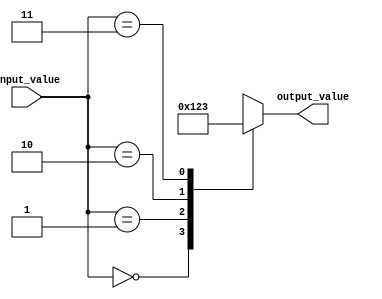
module case_example(
    input wire [1:0] input_value,
    output reg [3:0] output_value
);

initial begin
    case(input_value)
        2'b00: output_value = 4'b0000; // if input_value is 00
        2'b01: output_value = 4'b0001; // if input_value is 01
        2'b10: output_value = 4'b0010; // if input_value is 10
        2'b11: output_value = 4'b0011; // if input_value is 11
        default: output_value = 4'b1111; // handle unanticipated conditions
    endcase
end

endmodule